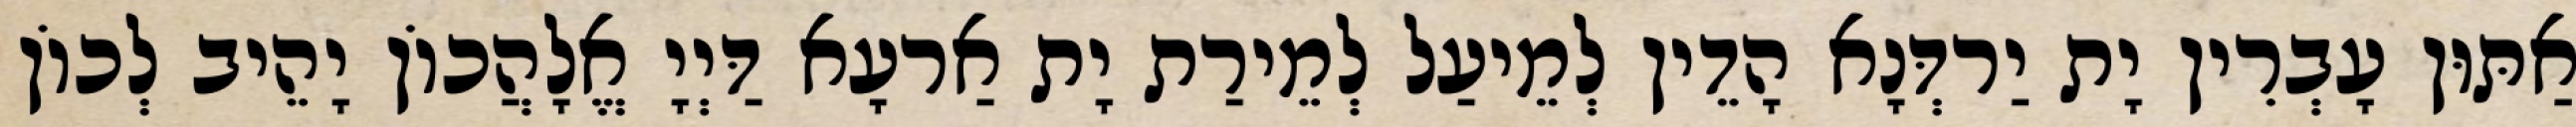
אַתּוּן עָבְרִין יָת יַרדְּנָא הָדֵין לְמֵיעַל לְמֵירַת יָת אַרעָא דַּיְיָ אֱלָהֲכוֹן יָהֵיב לְכוֹן